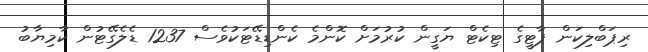
ރިޕަބްލިކަން ޕާޓީގެ ޓިކެޓް ޔަގީން ކުރުމަށް ކޮންމެ ކެންޑިޑޭޓަކުވެސް 1237 ޑެލެގޭޓުން ކާމިޔާބު